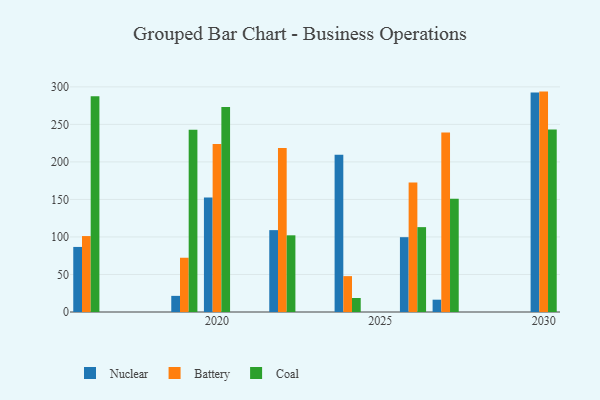
{"axis": {"x": "Year", "y": "Shipments"}, "legend": ["Battery", "Coal", "Nuclear"], "data": [{"x": "2020", "y": 152.6, "type": "Nuclear"}, {"x": "2020", "y": 224.0, "type": "Battery"}, {"x": "2020", "y": 273.1, "type": "Coal"}, {"x": "2030", "y": 292.5, "type": "Nuclear"}, {"x": "2030", "y": 293.7, "type": "Battery"}, {"x": "2030", "y": 243.1, "type": "Coal"}, {"x": "2024", "y": 209.6, "type": "Nuclear"}, {"x": "2024", "y": 47.8, "type": "Battery"}, {"x": "2024", "y": 18.7, "type": "Coal"}, {"x": "2027", "y": 16.4, "type": "Nuclear"}, {"x": "2027", "y": 239.3, "type": "Battery"}, {"x": "2027", "y": 150.9, "type": "Coal"}, {"x": "2016", "y": 86.7, "type": "Nuclear"}, {"x": "2016", "y": 101.2, "type": "Battery"}, {"x": "2016", "y": 287.4, "type": "Coal"}, {"x": "2022", "y": 109.1, "type": "Nuclear"}, {"x": "2022", "y": 218.6, "type": "Battery"}, {"x": "2022", "y": 102.2, "type": "Coal"}, {"x": "2026", "y": 99.7, "type": "Nuclear"}, {"x": "2026", "y": 172.5, "type": "Battery"}, {"x": "2026", "y": 113.1, "type": "Coal"}, {"x": "2019", "y": 21.5, "type": "Nuclear"}, {"x": "2019", "y": 72.3, "type": "Battery"}, {"x": "2019", "y": 242.8, "type": "Coal"}]}